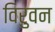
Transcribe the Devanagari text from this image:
विरुवन